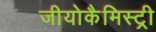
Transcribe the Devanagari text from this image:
जीयोकैमिस्ट्री